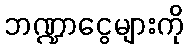
ဘဏ္ဍာငွေများကို